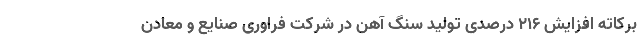
برکاته افزایش 216 درصدی تولید سنگ آهن در شرکت فراوری صنایع و معادن